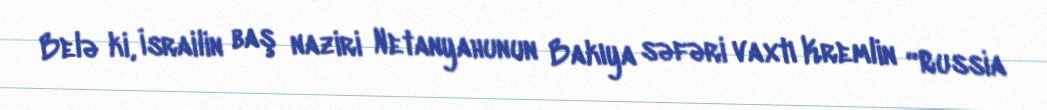
Belə ki, İsrailin baş naziri Netanyahunun Bakıya səfəri vaxtı Kremlin “Russia